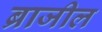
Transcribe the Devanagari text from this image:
ब्राजील